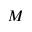
M